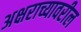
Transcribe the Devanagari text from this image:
अक्षराच्यावरील